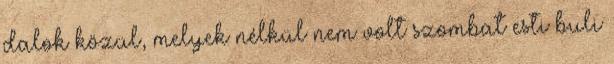
dalok közül, melyek nélkül nem volt szombat esti buli